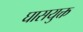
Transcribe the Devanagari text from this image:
घासयुक्त